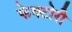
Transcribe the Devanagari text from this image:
फेक्टोरी